Report on the bubonic plague in Bombay, 1896-1897
Year: 1896
Disease focus: Plague
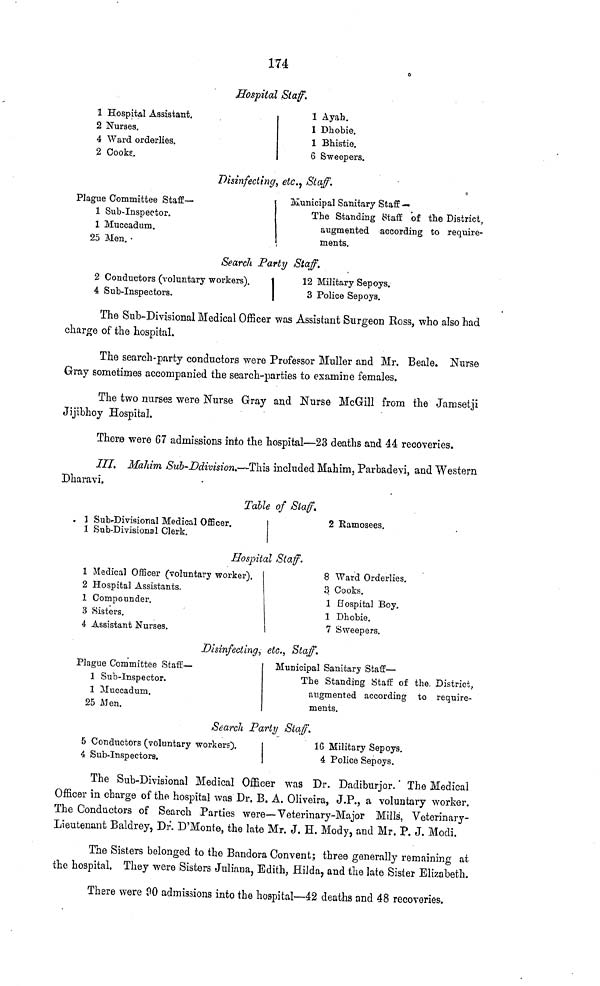
174
Hospital Staff.
1 Hospital Assistant.
2 Nurses.
4 Ward orderlies.
2 Cooks.
1 Ayah.
1 Phobie.
1 Bhistie.
6 Sweepers.
Disinfecting, etc.) Staff.
Plague Committee Staff —
1 Sub-Inspector.
1 Muccadum.
25 Men. ·
Municipal Sanitary Staff —
The Standing Staff of the District,
augmented according to require-
ments.
Search Party Staff.
2 Conductors (voluntary workers).
4 Sub-Inspectors.
12 Military Sepoys.
3 Police Sepoys.
The Sub-Divisional Medical Officer was Assistant Surgeon Ross, who also had
charge of the hospital.
The search-party conductors were Professor Muller and Mr. Beale. Nurse
Gray sometimes accompanied the search-parties to examine females.
The two nurses were Nurse Gray and Nurse McGill from the Jamsetji
Jijibhoy Hospital.
There were 67 admissions into the hospital—23 deaths and 44 recoveries.
III. Maliim Sub-Ddimsion—This included Mahim, Parbadevi, and Western
Dharavi,
Table of Staff.
1 Sub-Divisional Medical Officer.
1 Sub-Divisional Clerk.
2 Ramosees.
Hospital Staff.
1 Medical Officer (voluntary worker).
2 Hospital Assistants.
1 Compounder.
3 Sisters.
4 Assistant Nurses.
8 Ward Orderlies,
3 Cooks.
1 Hospital Boy.
1 Dhobie.
7 Sweepers.
Disinfecting, etc., Staff.
Plague Committee Staff —
1 Sub-Inspector.
1 Muccadum.
25 Men.
Municipal Sanitary Staff —
The Standing Staff of the. District,
augmented according to require-
ments.
Search Party Staff.
5 Condtictors (voluntary workers).
4 Sub-Inspectors.
16 Military Sepoys.
4 Police Sepoys.
The Sub-Divisional Medical Officer was Dr. Dadiburjor. The Medical
Officer in charge of the hospital was Dr. B. A. Oliveira, J.P., a voluntary worker.
The Conductors of Search Parties were—Veterinary-Major Mills', Veterinary-
Lieutenant Baldrey, Dr. D'Monte, the late Mr. J. H. Mody, and Mr. P. J. Modi.
The Sisters belonged to the Bandora Convent; three generally remaining at
the hospital. They were Sisters Juliana, Edith, Hilda, and the late Sister Elizabeth.
There were 90 admissions into the hospital—42 deaths and 48 recoveries.